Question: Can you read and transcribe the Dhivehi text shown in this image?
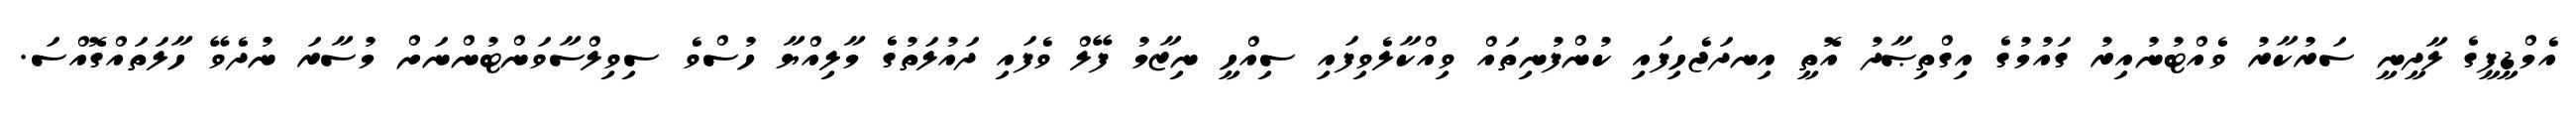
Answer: އެމްޑީޕީގެ ލާދީނީ ސަރުކާރު ވެއްޓުނުއިރު ގައުމުގެ އިގްތިޞާދު އޮތީ އިނދަޖެހިފައި ކުންފުނިތައް ވިއްކާލެވިފައި ސިއްހީ ނިޒާމު ފޭލް ވެފައި ދައުލަތުގެ މާލިއްޔާ ހުސްވެ ސިވިލްސާވަންޓުންނަށް މުސާރަ ނުދެވޭ ހާލަތައްގޮއްސަ.